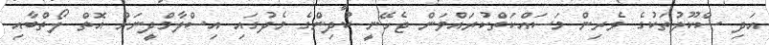
އަދި ސްކޫލުތަކުގެ ވެރިން މަސައްކަތްކުރައްވަން ޖެހޭނީ ކުދިންގެ މެދުގައި އިސްލާމްދީނަށް އޮތް ލޯތްބާއި